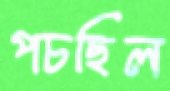
পচছিল